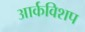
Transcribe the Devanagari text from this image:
आर्कविशप